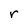
Character: r